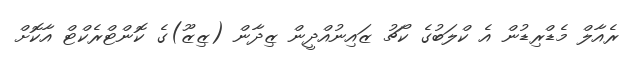
ރެއާލް މެޑްރިޑުން އެ ކްލަބުގެ ކޯޗު ޒައިނުއްދީން ޒިދާން (ޒިޒޫ)ގެ ކޮންޓްރެކްޓް އާކޮށް